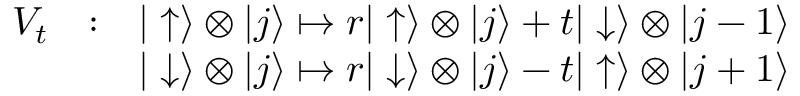
\begin{array} { r l r } { V _ { t } } & { : } & { | \uparrow \rangle \otimes | j \rangle \mapsto r | \uparrow \rangle \otimes | j \rangle + t | \downarrow \rangle \otimes | j - 1 \rangle } \\ & { } & { | \downarrow \rangle \otimes | j \rangle \mapsto r | \downarrow \rangle \otimes | j \rangle - t | \uparrow \rangle \otimes | j + 1 \rangle } \end{array}